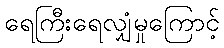
ရေကြီးရေလျှံမှုကြောင့်